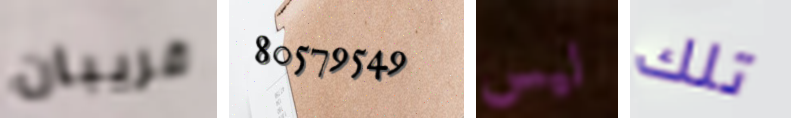
قريبان 80579549 ليس تلك